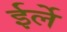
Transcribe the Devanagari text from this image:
ईर्ले